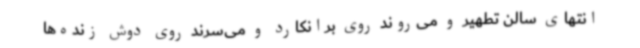
انتهای سالن تطهیر و می‌روند روی برانکارد و می‌سرند روی دوش زنده‌ها